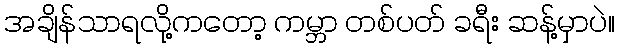
အချိန်သာရလို့ကတော့ ကမ္ဘာ တစ်ပတ် ခရီး ဆန့်မှာပဲ။